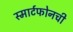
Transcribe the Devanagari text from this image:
स्मार्टफोनची